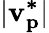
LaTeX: |\mathbf{v_{p}^{*}}|